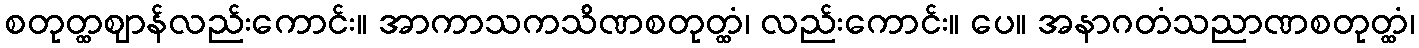
စတုတ္ထဈာန်လည်းကောင်း။ အာကာသကသိဏစတုတ္ထံ၊ လည်းကောင်း။ ပေ။ အနာဂတံသညာဏစတုတ္ထံ၊